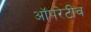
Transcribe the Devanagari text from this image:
ऑपरेटीव